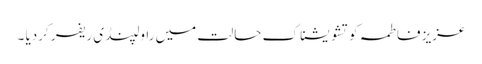
عزیز فاطمہ کو تشو یشناک حالت میں راولپنڈی ریفر کردیا ۔